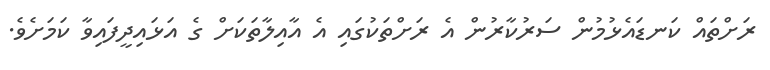
ރަށްތައް ކަނޑައެޅުމުން ސަރުކާރުން އެ ރަށްތަކުގައި އެ އާއިލާތަކަށް ގެ އަޅައިދީފައިވާ ކަމަށެވެ.